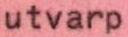
utvarp